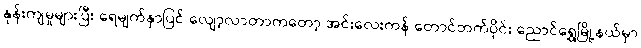
နုန်းကျမှုများပြီး ရေမျက်နှာပြင် လျော့လာတာကတော့ အင်းလေးကန် တောင်ဘက်ပိုင်း ညောင်ရွှေမြို့နယ်မှာ